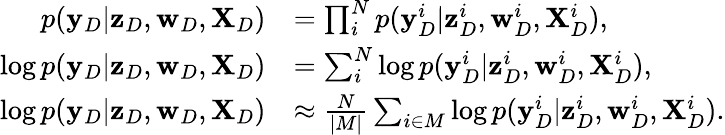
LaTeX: \begin{array}{rl}{p({\mathbf y}_{D}|{\mathbf z}_{D},{\mathbf w}_{D},{\mathbf X}_{D})}&{=\prod_{i}^{N}p({\mathbf y}_{D}^{i}|{\mathbf z}_{D}^{i},{\mathbf w}_{D}^{i},{\mathbf X}_{D}^{i}),}\\ {\log p({\mathbf y}_{D}|{\mathbf z}_{D},{\mathbf w}_{D},{\mathbf X}_{D})}&{=\sum_{i}^{N}\log p({\mathbf y}_{D}^{i}|{\mathbf z}_{D}^{i},{\mathbf w}_{D}^{i},{\mathbf X}_{D}^{i}),}\\ {\log p({\mathbf y}_{D}|{\mathbf z}_{D},{\mathbf w}_{D},{\mathbf X}_{D})}&{\approx\frac{N}{|M|}\sum_{i\in M}\log p({\mathbf y}_{D}^{i}|{\mathbf z}_{D}^{i},{\mathbf w}_{D}^{i},{\mathbf X}_{D}^{i}).}\end{array}